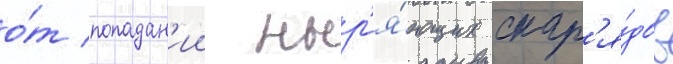
о́т попадан'ии ныр'я́ющих снар'я́дов